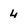
Character: 4